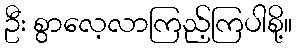
ဦး စွာလေ့လာကြည့်ကြပါစို့။